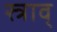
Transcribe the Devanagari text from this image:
स्त्राव्